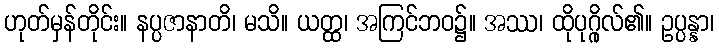
ဟုတ်မှန်တိုင်း။ နပ္ပဇာနာတိ၊ မသိ။ ယတ္ထ၊ အကြင်ဘဝ၌။ အဿ၊ ထိုပုဂ္ဂိုလ်၏။ ဥပ္ပန္နာ၊